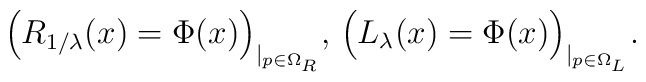
\Big( R_{1/\lambda}(x)=\Phi(x) \Big)_{\mid_{p\in\Omega_R}},\,\Big( L_{\lambda}(x)=\Phi(x) \Big)_{\mid_{p\in\Omega_L}}.